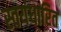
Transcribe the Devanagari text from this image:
स्वयंधारित